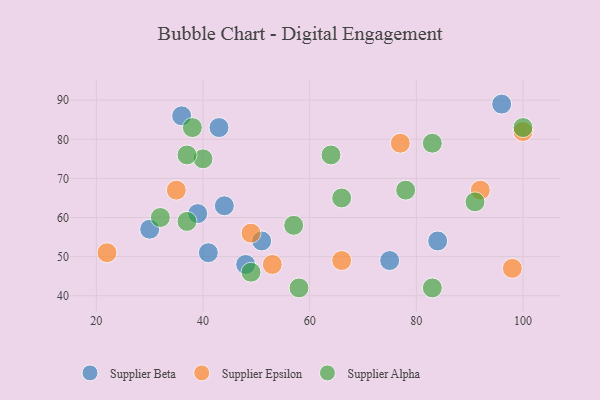
{"axis": {"x": "GDP", "y": "Life Expectancy"}, "legend": ["Supplier Alpha", "Supplier Beta", "Supplier Epsilon"], "data": [{"x": "36", "y": 86, "type": "Supplier Beta"}, {"x": "84", "y": 54, "type": "Supplier Beta"}, {"x": "30", "y": 57, "type": "Supplier Beta"}, {"x": "75", "y": 49, "type": "Supplier Beta"}, {"x": "43", "y": 83, "type": "Supplier Beta"}, {"x": "39", "y": 61, "type": "Supplier Beta"}, {"x": "48", "y": 48, "type": "Supplier Beta"}, {"x": "41", "y": 51, "type": "Supplier Beta"}, {"x": "51", "y": 54, "type": "Supplier Beta"}, {"x": "96", "y": 89, "type": "Supplier Beta"}, {"x": "44", "y": 63, "type": "Supplier Beta"}, {"x": "66", "y": 49, "type": "Supplier Epsilon"}, {"x": "49", "y": 56, "type": "Supplier Epsilon"}, {"x": "92", "y": 67, "type": "Supplier Epsilon"}, {"x": "98", "y": 47, "type": "Supplier Epsilon"}, {"x": "100", "y": 82, "type": "Supplier Epsilon"}, {"x": "22", "y": 51, "type": "Supplier Epsilon"}, {"x": "77", "y": 79, "type": "Supplier Epsilon"}, {"x": "53", "y": 48, "type": "Supplier Epsilon"}, {"x": "35", "y": 67, "type": "Supplier Epsilon"}, {"x": "40", "y": 75, "type": "Supplier Alpha"}, {"x": "37", "y": 59, "type": "Supplier Alpha"}, {"x": "49", "y": 46, "type": "Supplier Alpha"}, {"x": "57", "y": 58, "type": "Supplier Alpha"}, {"x": "66", "y": 65, "type": "Supplier Alpha"}, {"x": "32", "y": 60, "type": "Supplier Alpha"}, {"x": "64", "y": 76, "type": "Supplier Alpha"}, {"x": "78", "y": 67, "type": "Supplier Alpha"}, {"x": "37", "y": 76, "type": "Supplier Alpha"}, {"x": "58", "y": 42, "type": "Supplier Alpha"}, {"x": "83", "y": 42, "type": "Supplier Alpha"}, {"x": "100", "y": 83, "type": "Supplier Alpha"}, {"x": "83", "y": 79, "type": "Supplier Alpha"}, {"x": "91", "y": 64, "type": "Supplier Alpha"}, {"x": "38", "y": 83, "type": "Supplier Alpha"}]}